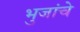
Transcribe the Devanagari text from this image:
भुजांचे